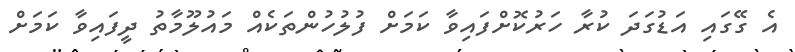
އެ ގޭގައި އަޑުގަދަ ކުރާ ހަރުކޮށްފައިވާ ކަމަށް ފުލުހުންތަކެއް މައުލޫމާތު ދީފައިވާ ކަމަށް